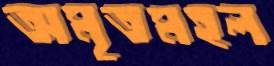
অমৃতমহল